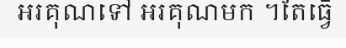
អរគុណទៅ អរគុណមក ។តែធ្វើ